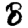
Digit: 8